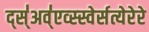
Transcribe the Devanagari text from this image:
द्स्॑अव्॑एव्स्स्वेर्सत्येरेरे